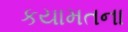
કયામતના